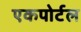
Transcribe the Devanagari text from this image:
एकपोर्टल